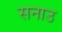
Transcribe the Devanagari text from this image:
सनाउ